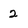
Character: 2